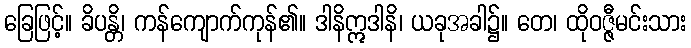
ခြေဖြင့်။ ခိပန္တိ၊ ကန်ကျောက်ကုန်၏။ ဒါနိဣဒါနိ၊ ယခုအခါ၌။ တေ၊ ထိုဝဇ္ဇီမင်းသား